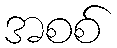
အစစ်